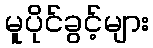
မူပိုင်ခွင့်များ